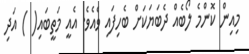
މިއިން ކޮންމެ ލޯބެއް ދެބަޔަކަށް ބެހިފައި ވެއެވެ. އެއީ މަތީބައި( ) އަދި